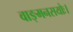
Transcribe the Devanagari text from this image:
वाङ्मनसयोः।